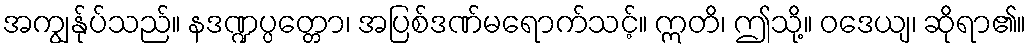
အကျွန်ုပ်သည်။ နဒဏ္ဍပ္ပတ္တော၊ အပြစ်ဒဏ်မရောက်သင့်။ ဣတိ၊ ဤသို့။ ဝဒေယျ၊ ဆိုရာ၏။